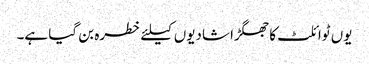
یوں ٹوائلٹ کا جھگڑا شادیوں کیلئے خطرہ بن گیا ہے۔